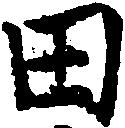
田